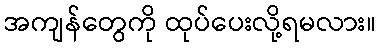
အကျန်တွေကို ထုပ်ပေးလို့ရမလား။